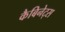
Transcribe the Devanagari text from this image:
कैबिनेट्स